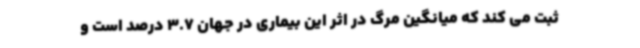
ثبت می کند که میانگین مرگ در اثر این بیماری در جهان 3.7 درصد است و